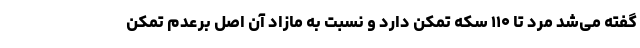
گفته می‌شد مرد تا ۱۱۰ سکه تمکن دارد و نسبت به مازاد آن اصل برعدم تمکن